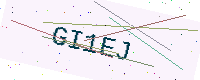
Text: GI1EJ